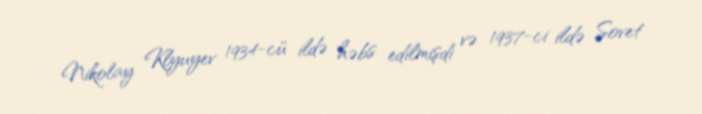
Nikolay Klyuyev 1934-cü ildə həbs edilmişdi və 1937-ci ildə Sovet